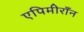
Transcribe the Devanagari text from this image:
एपिमीराँन